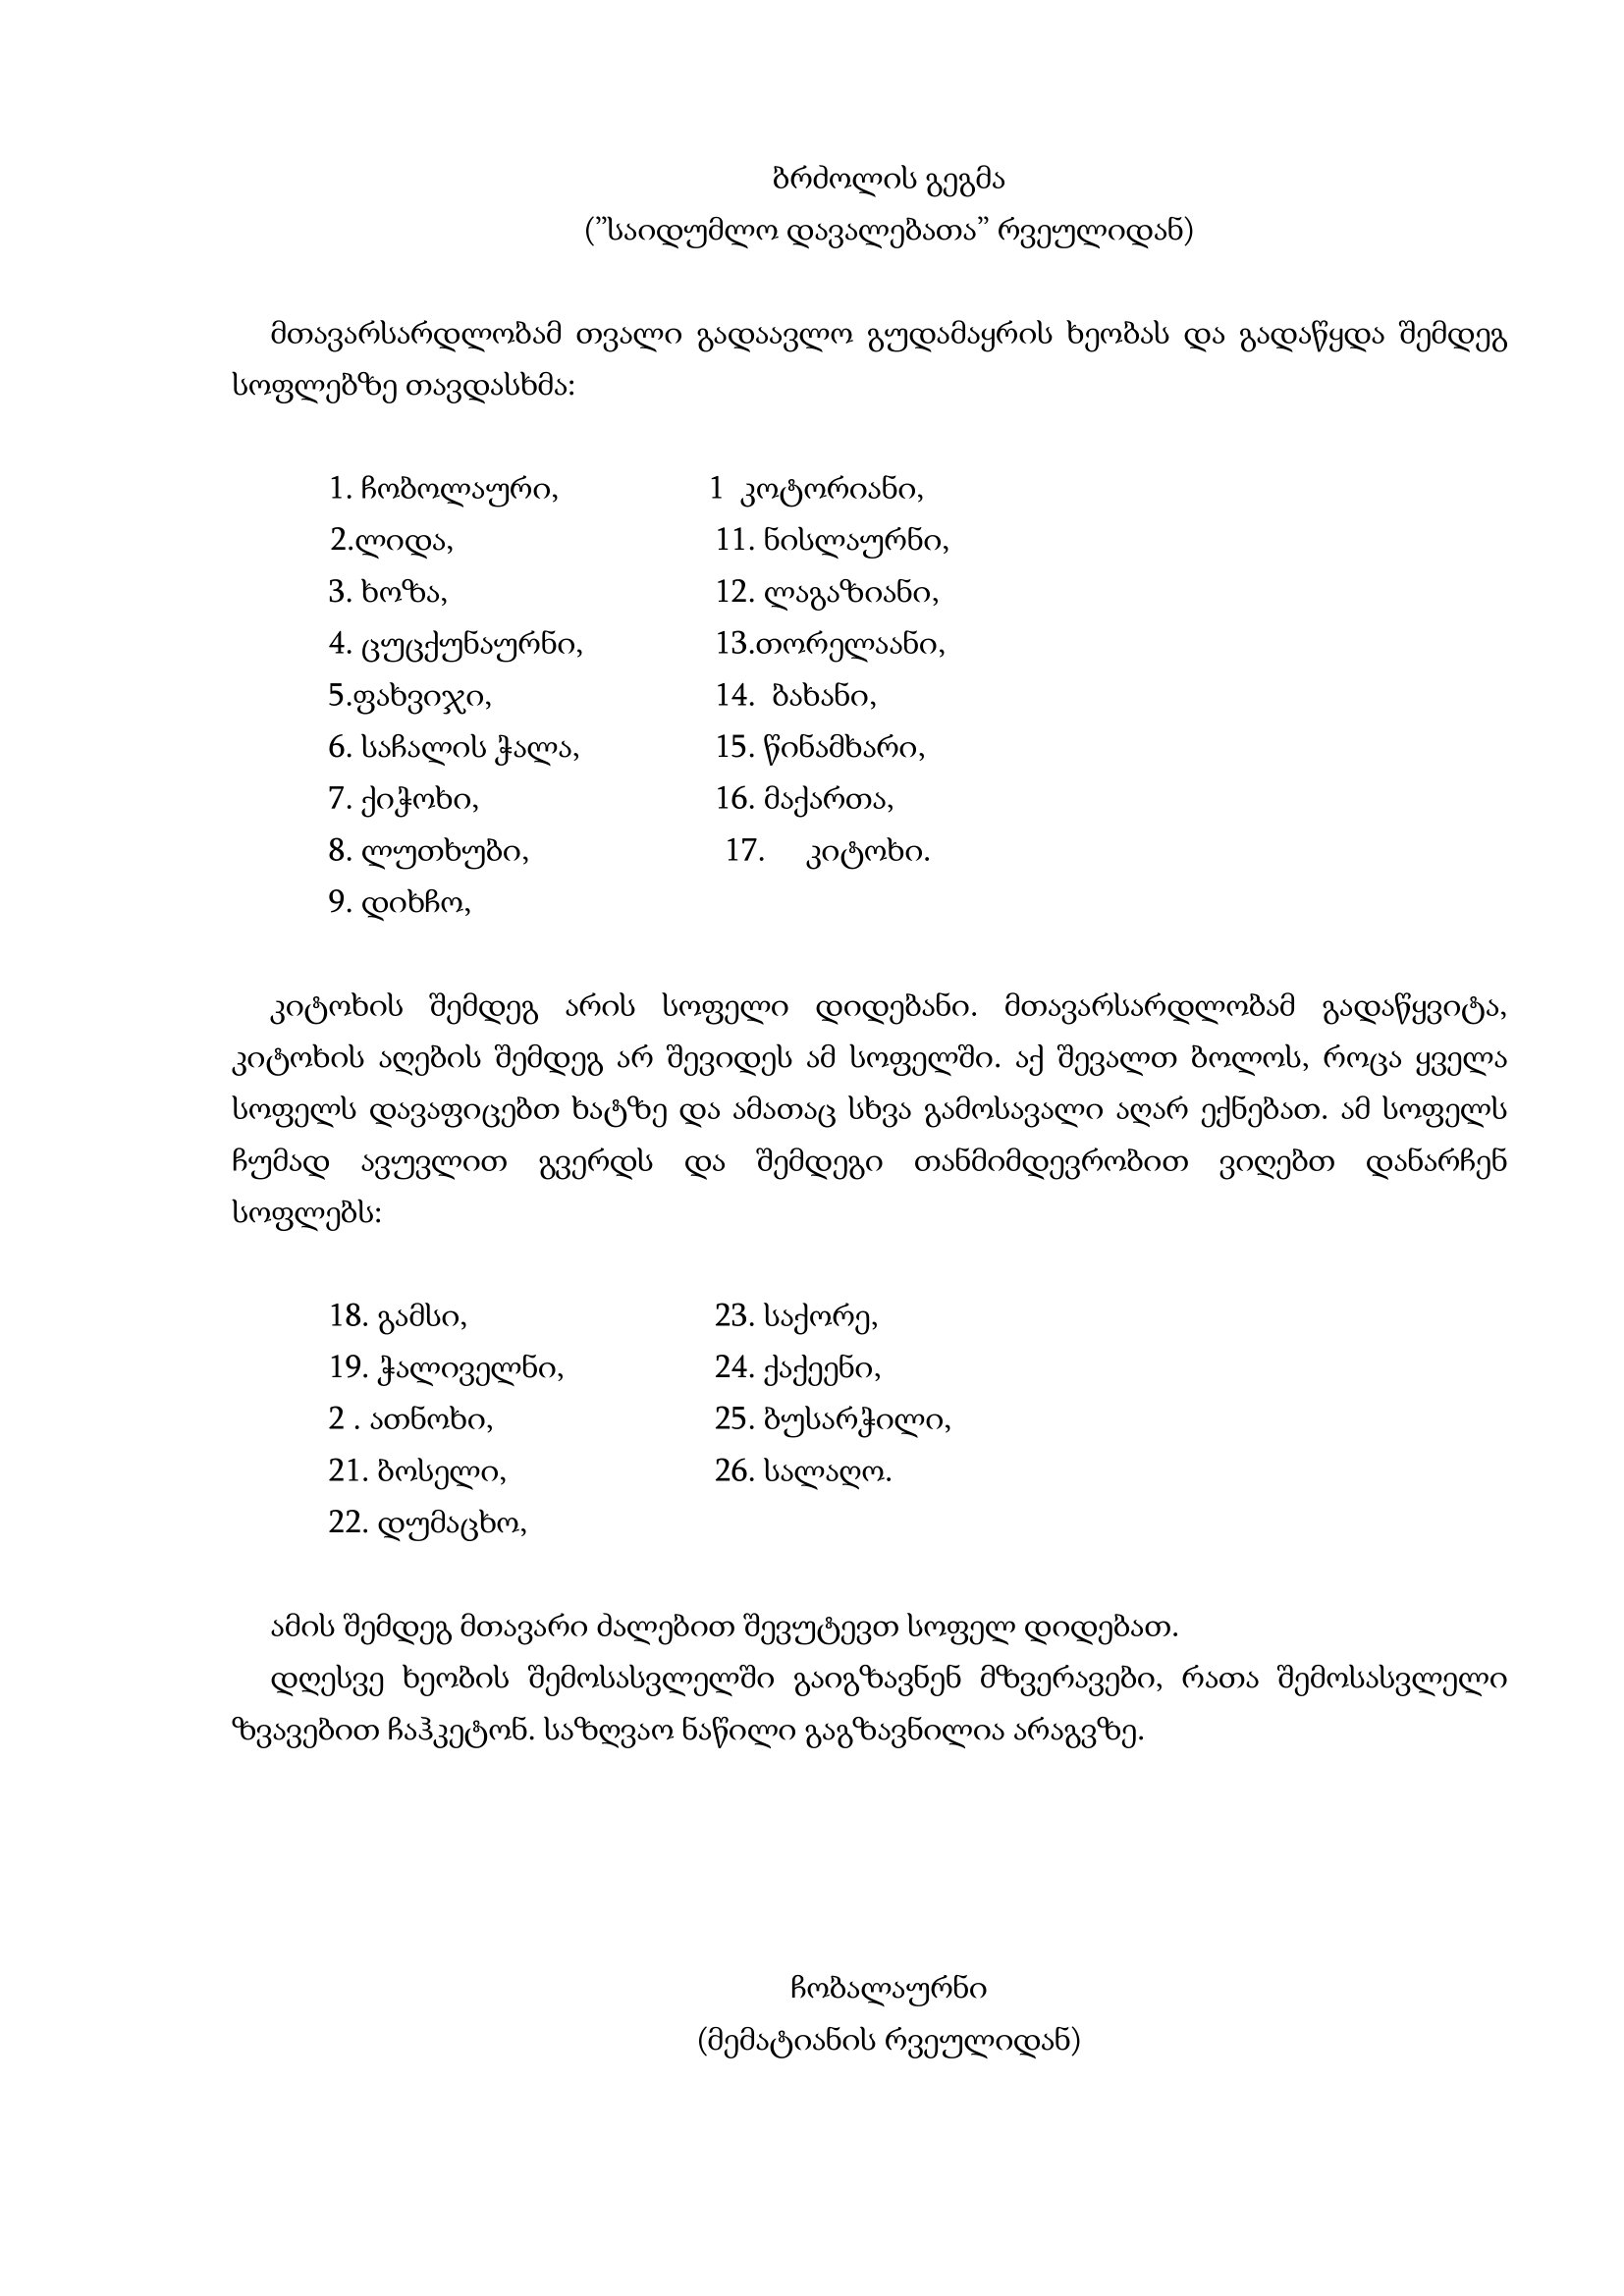
Language: gr